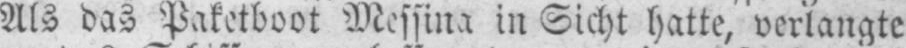
Als das Paketboot Messina in Sicht hatte, verlangte